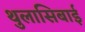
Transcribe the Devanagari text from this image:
थुलासिबाई